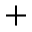
+